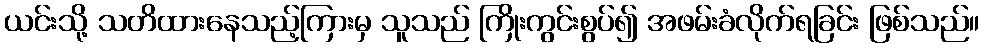
ယင်းသို့ သတိထားနေသည့်ကြားမှ သူသည် ကြိုးကွင်းစွပ်၍ အဖမ်းခံလိုက်ရခြင်း ဖြစ်သည်။